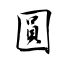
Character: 圓